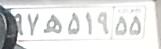
۹۷ه۵۱۹۵۵